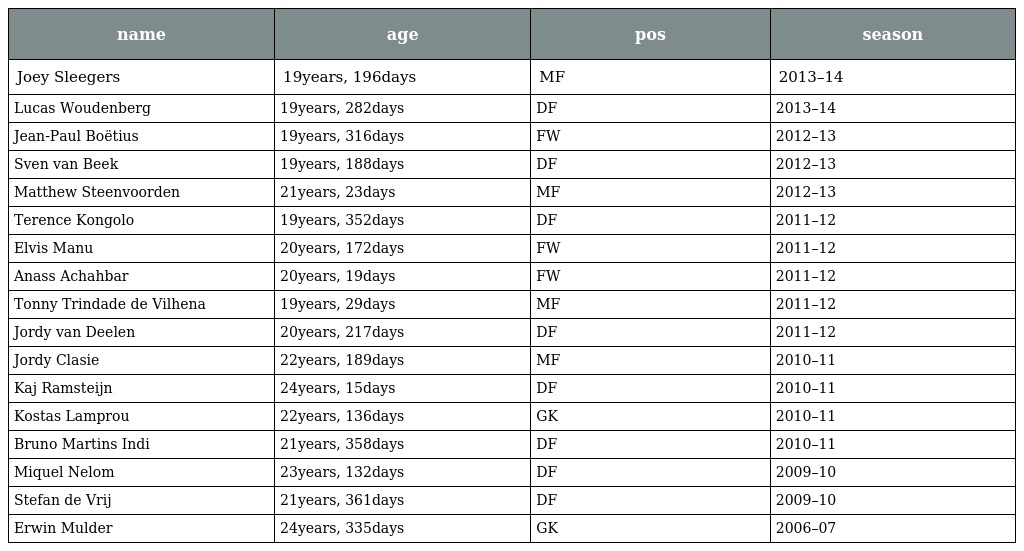
| name | age | pos | season |
 | --- | --- | --- | --- |
 | Joey Sleegers | 19years, 196days | MF | 2013–14 |
 | Lucas Woudenberg | 19years, 282days | DF | 2013–14 |
 | Jean-Paul Boëtius | 19years, 316days | FW | 2012–13 |
 | Sven van Beek | 19years, 188days | DF | 2012–13 |
 | Matthew Steenvoorden | 21years, 23days | MF | 2012–13 |
 | Terence Kongolo | 19years, 352days | DF | 2011–12 |
 | Elvis Manu | 20years, 172days | FW | 2011–12 |
 | Anass Achahbar | 20years, 19days | FW | 2011–12 |
 | Tonny Trindade de Vilhena | 19years, 29days | MF | 2011–12 |
 | Jordy van Deelen | 20years, 217days | DF | 2011–12 |
 | Jordy Clasie | 22years, 189days | MF | 2010–11 |
 | Kaj Ramsteijn | 24years, 15days | DF | 2010–11 |
 | Kostas Lamprou | 22years, 136days | GK | 2010–11 |
 | Bruno Martins Indi | 21years, 358days | DF | 2010–11 |
 | Miquel Nelom | 23years, 132days | DF | 2009–10 |
 | Stefan de Vrij | 21years, 361days | DF | 2009–10 |
 | Erwin Mulder | 24years, 335days | GK | 2006–07 |